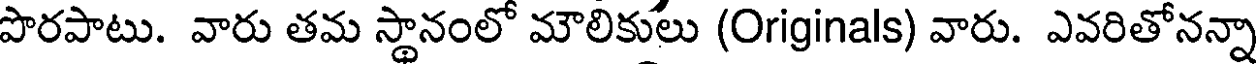
పొరపాటు. వారు తమ స్థానంలో మౌలికులు (Originals) వారు. ఎవరితోనన్నా